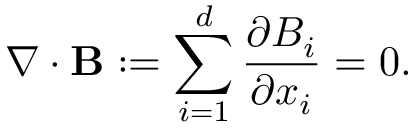
\nabla \cdot \mathbf { B } : = \sum _ { i = 1 } ^ { d } \frac { \partial B _ { i } } { \partial x _ { i } } = 0 .